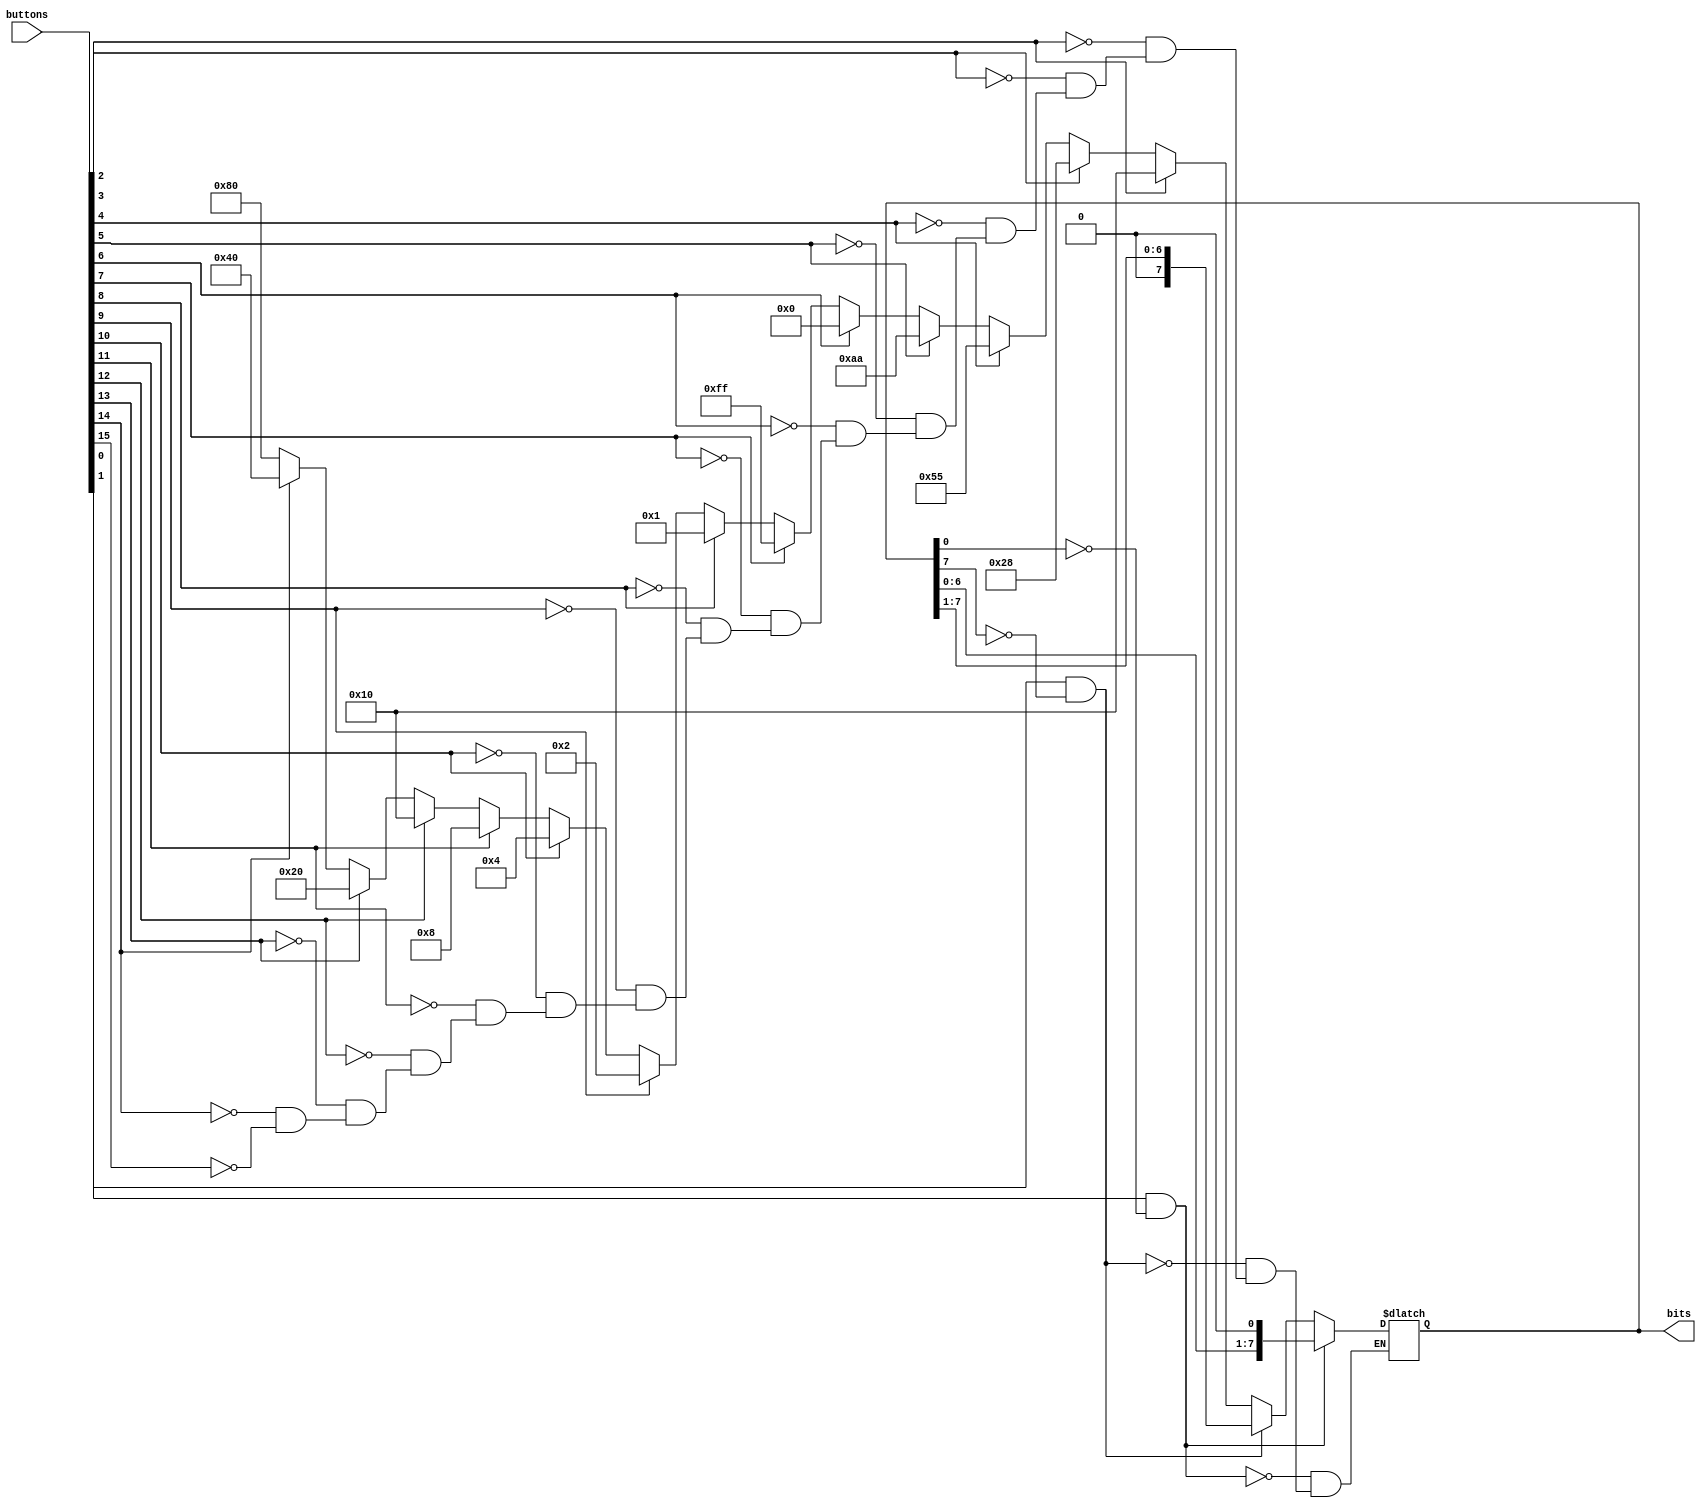
`timescale 1ns / 1ps

module bit_shift_controller #(
	parameter START_BITS = 8'b00010000
)(
	input [23:0] buttons,
	output [7:0] bits
);
	reg [7:0] r_bits = START_BITS;
	assign bits = r_bits;
	always @(buttons)
	begin
		r_bits = 
			(buttons[0] == 1 && r_bits[0] != 1) ? r_bits << 1 :
			(buttons[1] == 1 && r_bits[7] != 1) ? r_bits >> 1 :  
			(buttons[2] == 1) ? 8'b00010000 :
			(buttons[3] == 1) ? 8'b00101000 :
			(buttons[4] == 1) ? 8'b01010101 :
			(buttons[5] == 1) ? 8'b10101010 :
			(buttons[6] == 1) ? 8'b00000000 :
			(buttons[7] == 1) ? 8'b11111111 :
			(buttons[8] == 1) ? 8'b00000001 :
			(buttons[9] == 1) ? 8'b00000010 :
			(buttons[10] == 1) ? 8'b00000100 :
			(buttons[11] == 1) ? 8'b00001000 :
			(buttons[12] == 1) ? 8'b00010000 :
			(buttons[13] == 1) ? 8'b00100000 :
			(buttons[14] == 1) ? 8'b01000000 :
			(buttons[15] == 1) ? 8'b10000000 :
			r_bits;
	end
endmodule